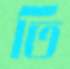
তি